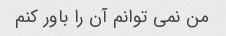
من نمی توانم آن را باور کنم